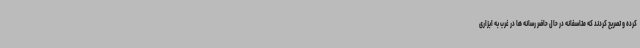
کرده و تصریح کردند که متاسفانه در حال حاضر رسانه ها در غرب به ابزاری